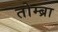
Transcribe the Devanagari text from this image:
तोम्ब्रा